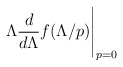
\begin{align*}\Lambda \frac{d}{d\Lambda} f(\Lambda/p)\Bigg|_{p=0}\end{align*}